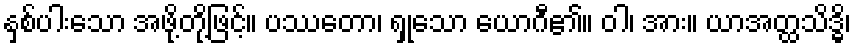
နှစ်ပါးသော အဖို့တို့ဖြင့်။ ပဿတော၊ ရှုသော ယောဂီ၏။ ဝါ၊ အား။ ယာအတ္ထသိဒ္ဓိ၊